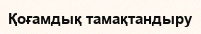
Қоғамдық тамақтандыру